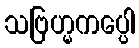
သဗြဟ္မကပ္ပေါ